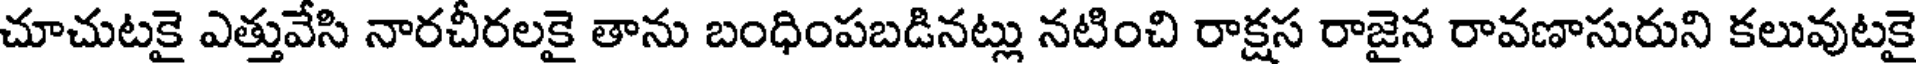
చూచుటకై ఎత్తువేసి నారచీరలకై తాను బంధింపబడినట్లు నటించి రాక్షస రాజైన రావణాసురుని కలువుటకై